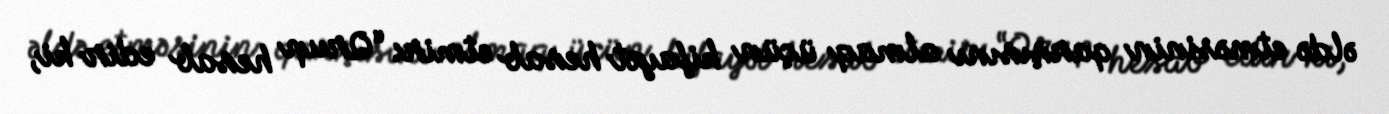
əldə etməsinin qarşısını almaq üçün kifayət hesab etmir: “Qrup hesab edir ki,